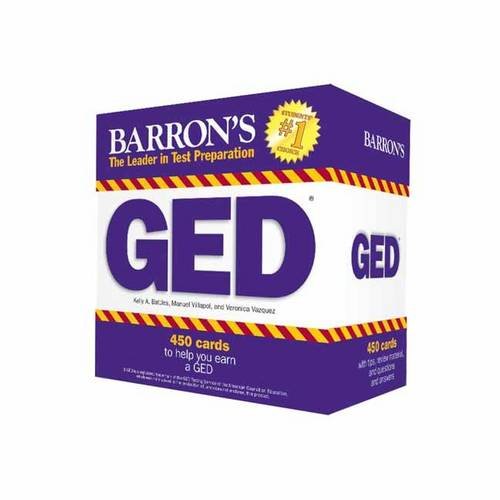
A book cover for Barron's GED Test Flash Cards, 2nd Edition: 450 Flash Cards to Help You Achieve a Higher Score; Kelly A. Battles; Test Preparation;